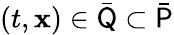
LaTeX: (t,\mathbf{x})\in\bar{{\mathsf{Q}}}\subset\bar{{\mathsf{P}}}